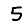
Digit: 5